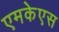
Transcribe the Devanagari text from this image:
एमकेएस